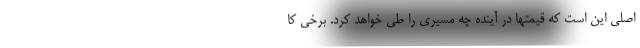
اصلی این است که قیمتها در آینده چه مسیری را طی خواهد کرد. برخی کا